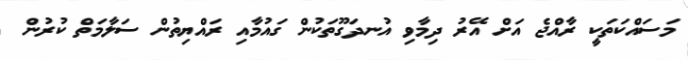
މަސައްކަތަކީ ރާއްޖެ އަށް އޭރު ދިމާވި އުނދަގޫތަކުން ގައުމާއި ރައްޔިތުން ސަލާމަތް ކުރުން